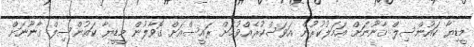
މީޑިޔާ ކައުންސިލް ޤާނޫނަށް ޢަމަލުކުރުން އަވަސްކުރެއްވުމަށް ރައީސްއަށް ގޮވާލުން މީޑީޔާ ކައުންސިލް ޤާނޫނަށް